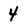
Character: 4